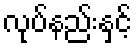
လုပ်နည်းနှင့်